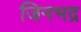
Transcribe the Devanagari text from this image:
जिनभद्र